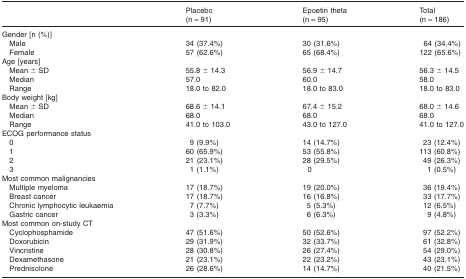
<table><thead><tr><td></td><td><b>Placebo (n = 91)</b></td><td><b>Epoetin theta (n = 95)</b></td><td><b>Total (n = 186)</b></td></tr></thead><tbody><tr><td>Gender [n (%)]</td><td></td><td></td><td></td></tr><tr><td> Male</td><td>34 (37.4%)</td><td>30 (31.6%)</td><td>64 (34.4%)</td></tr><tr><td> Female</td><td>57 (62.6%)</td><td>65 (68.4%)</td><td>122 (65.6%)</td></tr><tr><td>Age [years]</td><td></td><td></td><td></td></tr><tr><td> Mean ± SD</td><td>55.8 ± 14.3</td><td>56.9 ± 14.7</td><td>56.3 ± 14.5</td></tr><tr><td> Median</td><td>57.0</td><td>60.0</td><td>58.0</td></tr><tr><td> Range</td><td>18.0 to 82.0</td><td>18.0 to 83.0</td><td>18.0 to 83.0</td></tr><tr><td>Body weight [kg]</td><td></td><td></td><td></td></tr><tr><td> Mean ± SD</td><td>68.6 ± 14.1</td><td>67.4 ± 15.2</td><td>68.0 ± 14.6</td></tr><tr><td> Median</td><td>68.0</td><td>68.0</td><td>68.0</td></tr><tr><td> Range</td><td>41.0 to 103.0</td><td>43.0 to 127.0</td><td>41.0 to 127.0</td></tr><tr><td>ECOG performance status</td><td></td><td></td><td></td></tr><tr><td> 0</td><td>9 (9.9%)</td><td>14 (14.7%)</td><td>23 (12.4%)</td></tr><tr><td> 1</td><td>60 (65.9%)</td><td>53 (55.8%)</td><td>113 (60.8%)</td></tr><tr><td> 2</td><td>21 (23.1%)</td><td>28 (29.5%)</td><td>49 (26.3%)</td></tr><tr><td> 3</td><td>1 (1.1%)</td><td>0</td><td>1 (0.5%)</td></tr><tr><td>Most common malignancies</td><td></td><td></td><td></td></tr><tr><td> Multiple myeloma</td><td>17 (18.7%)</td><td>19 (20.0%)</td><td>36 (19.4%)</td></tr><tr><td> Breast cancer</td><td>17 (18.7%)</td><td>16 (16.8%)</td><td>33 (17.7%)</td></tr><tr><td> Chronic lymphocytic leukaemia</td><td>7 (7.7%)</td><td>5 (5.3%)</td><td>12 (6.5%)</td></tr><tr><td> Gastric cancer</td><td>3 (3.3%)</td><td>6 (6.3%)</td><td>9 (4.8%)</td></tr><tr><td>Most common on-study CT</td><td></td><td></td><td></td></tr><tr><td> Cyclophosphamide</td><td>47 (51.6%)</td><td>50 (52.6%)</td><td>97 (52.2%)</td></tr><tr><td> Doxorubicin</td><td>29 (31.9%)</td><td>32 (33.7%)</td><td>61 (32.8%)</td></tr><tr><td> Vincristine</td><td>28 (30.8%)</td><td>26 (27.4%)</td><td>54 (29.0%)</td></tr><tr><td> Dexamethasone</td><td>21 (23.1%)</td><td>22 (23.2%)</td><td>43 (23.1%)</td></tr><tr><td> Prednisolone</td><td>26 (28.6%)</td><td>14 (14.7%)</td><td>40 (21.5%)</td></tr></tbody></table>